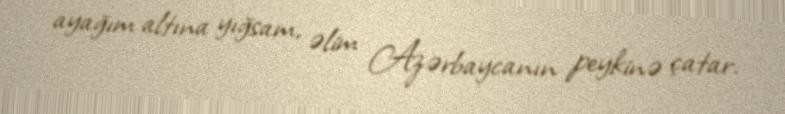
ayağım altına yığsam, əlim Azərbaycanın peykinə çatar.